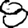
Digit: 8